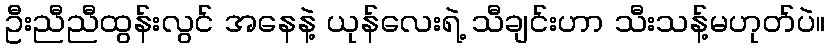
ဦးညီညီထွန်းလွင် အနေနဲ့ ယုန်လေးရဲ့ သီချင်းဟာ သီးသန့်မဟုတ်ပဲ။